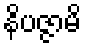
နိပဇ္ဇာမိ